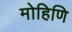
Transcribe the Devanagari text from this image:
मोहिणि